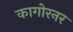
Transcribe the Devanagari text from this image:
कागोरनर